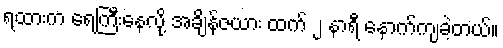
ရထားက ရေကြီးနေလို့ အချိန်ဇယား ထက် ၂ နာရီ နောက်ကျခဲ့တယ်။